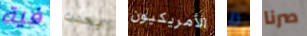
فية يحدث الأمريكيون ثأر صرنا